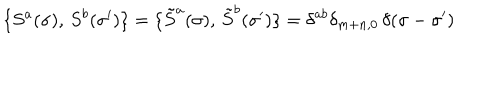
LaTeX: \{ S ^ { a } ( \sigma ) , \, S ^ { b } ( \sigma ^ { \prime } ) \} = \{ { \tilde { S } } ^ { a } ( \sigma ) , \, { \tilde { S } } ^ { b } ( \sigma ^ { \prime } ) \} = \delta ^ { a b } \delta _ { m + n , 0 } \, \delta ( \sigma - \sigma ^ { \prime } )